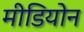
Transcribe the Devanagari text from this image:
मीडियोन